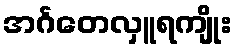
အင်္ဂတေလှူရကျိုး